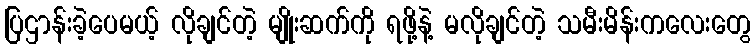
ပြဌာန်းခဲ့ပေမယ့် လိုချင်တဲ့ မျိုးဆက်ကို ရဖို့နဲ့ မလိုချင်တဲ့ သမီးမိန်းကလေးတွေ